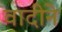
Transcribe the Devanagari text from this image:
वादीने